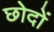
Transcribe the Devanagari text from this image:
छोदों